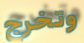
وتخرج